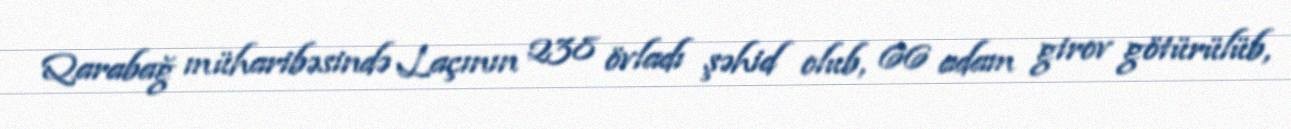
Qarabağ müharibəsində Laçının 238 övladı şəhid olub, 66 adam girov götürülüb,